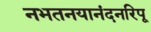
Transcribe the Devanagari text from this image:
नभतनयानंदनरिपू